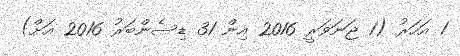
1 އަހަރު (1 ޖަނަވަރީ 2016 އިން 31 ޑިސެންބަރު 2016 އަށް)